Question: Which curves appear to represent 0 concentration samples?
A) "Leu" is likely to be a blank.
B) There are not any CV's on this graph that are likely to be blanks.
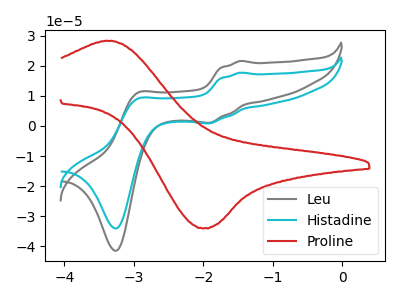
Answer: <think>The gray curve "Leu" has anodic peaks at (-1.45V, 21.60uA) (-2.95V, 10.90uA) and cathodic peaks at (-1.90V, 1.10uA) (-3.25V, -41.45uA). The cyan curve "Histadine" has anodic peaks at (-1.45V, 17.70uA) (-2.95V, 8.95uA) and cathodic peaks at (-1.90V, 0.90uA) (-3.25V, -34.05uA). The red curve "Proline" has an anodic peak at (-3.35V, 28.25uA) and a cathodic peak at (-2.00V, -33.95uA).</think>
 <answer>B) There are not any CV's on this graph that are likely to be blanks.</answer>
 <eval>B</eval>